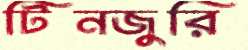
টিনজুরি